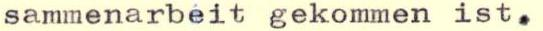
sammenarbeit gekommen ist.